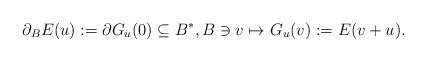
\begin{align*}\partial_BE(u):=\partial G_u(0)\subseteq B^*, B\ni v\mapsto G_u(v):=E(v+u).\end{align*}